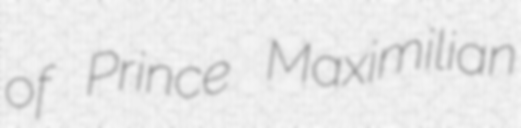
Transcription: of Prince Maximilian